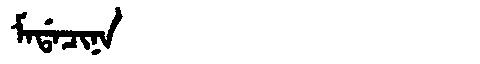
Manchu: ᠮᠠᡩᠠᠴᡳᠨᠠ
Romanization: MADACINA